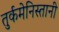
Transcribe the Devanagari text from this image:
तुर्कमेनिस्तानी